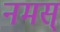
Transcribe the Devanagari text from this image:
नमस्‌